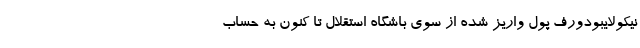
نیکولایبودورف پول واریز شده از سوی باشگاه استقلال تا کنون به حساب